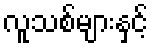
လူသစ်များနှင့်